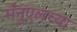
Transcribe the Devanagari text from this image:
मॅनुएलच्या